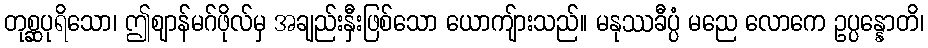
တုစ္ဆပုရိသော၊ ဤဈာန်မဂ်ဖိုလ်မှ အချည်းနှီးဖြစ်သော ယောကျ်ားသည်။ မနုဿခီပ္ပံ မညေ လောကေ ဥပ္ပန္နောတိ၊